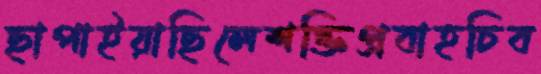
ছাপাইয়াছিলেশক্তিপ্রবাহচিব